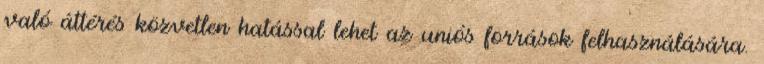
való áttérés közvetlen hatással lehet az uniós források felhasználására.